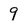
Character: 9